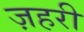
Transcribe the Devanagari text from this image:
ज़हरी